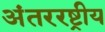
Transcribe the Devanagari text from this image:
अंतररष्ट्रीय